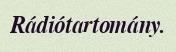
Rádiótartomány.